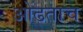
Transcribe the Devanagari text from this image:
ओढताच